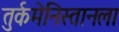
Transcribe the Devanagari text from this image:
तुर्कमेनिस्तानला